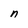
Character: n